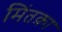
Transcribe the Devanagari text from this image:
मिंतक़ा